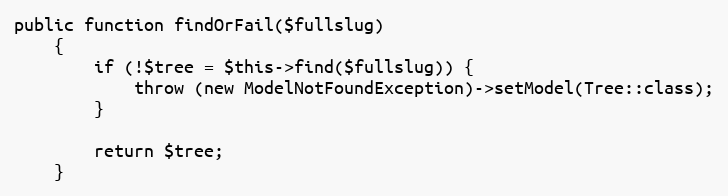
Language: PHP
public function findOrFail($fullslug)
    {
        if (!$tree = $this->find($fullslug)) {
            throw (new ModelNotFoundException)->setModel(Tree::class);
        }

        return $tree;
    }